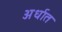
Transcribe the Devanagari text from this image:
अर्धात